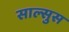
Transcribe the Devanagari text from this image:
साल्सुस